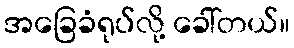
အခြေခံရုပ်လို့ ခေါ်တယ်။